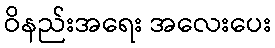
ဝိနည်းအရေး အလေးပေး